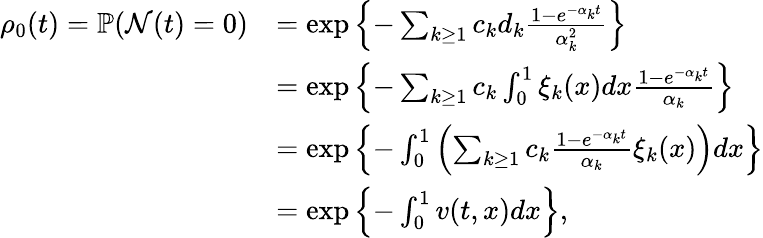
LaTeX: \begin{array}{rl}{\rho_{0}(t)=\mathbb{P}(\mathcal{N}(t)=0)}&{=\exp\left\{ -\sum_{k\geq 1}c_{k}d_{k}\frac{1-e^{-\alpha_{k}t}}{\alpha_{k}^{2}}\right\} }\\ &{=\exp\left\{ -\sum_{k\geq 1}c_{k}\int_{0}^{1}\xi_{k}(x)dx\frac{1-e^{-\alpha_{k}t}}{\alpha_{k}}\right\} }\\ &{=\exp\left\{ -\int_{0}^{1}\left(\sum_{k\geq 1}c_{k}\frac{1-e^{-\alpha_{k}t}}{\alpha_{k}}\xi_{k}(x)\right)dx\right\} }\\ &{=\exp\left\{ -\int_{0}^{1}v(t,x)dx\right\} ,}\end{array}